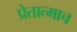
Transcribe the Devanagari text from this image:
प्रेतात्माच